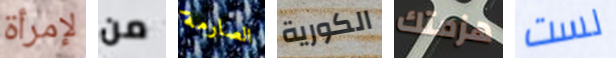
لإمرأة من الصارمة الكورية هزمتك لست